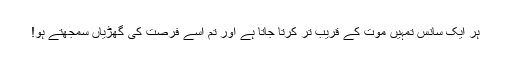
ہر ایک سانس تمہیں موت کے قریب تر کرتا جاتا ہے اور تم اسے فرصت کی گھڑیاں سمجھتے ہو!